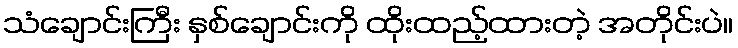
သံချောင်းကြီး နှစ်ချောင်းကို ထိုးထည့်ထားတဲ့ အတိုင်းပဲ။